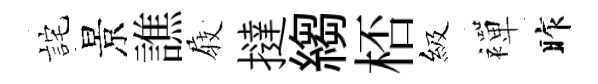
詫景譙𡲆撻縐桮級襌昨